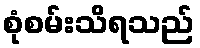
စုံစမ်းသိရသည်